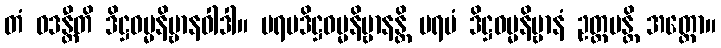
တံ ဝဒန္တီတိ ဒိဋ္ဌဓမ္မနိဗ္ဗာနဝါဒါ။ ပရမဒိဋ္ဌဓမ္မနိဗ္ဗာနန္တိ ပရမံ ဒိဋ္ဌဓမ္မနိဗ္ဗာနံ ဥတ္တမန္တိ အတ္ထော။